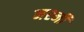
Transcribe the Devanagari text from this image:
नरनी